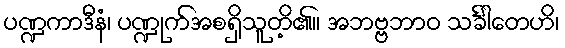
ပဏ္ဍကာဒီနံ၊ ပဏ္ဍုက်အစရှိသူတိ့၏။ အဘဗ္ဗဘာဝ သင်္ခါတေဟိ၊